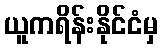
ယူကရိန်းနိုင်ငံမှ